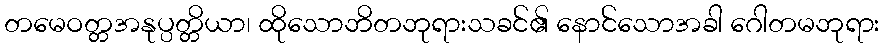
တမေဝတ္တအနုပ္ပတ္တိယာ၊ ထိုသောဘိတဘုရားသခင်၏ နောင်သောအခါ ဂေါတမဘုရား